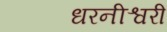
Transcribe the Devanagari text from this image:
धरनीश्वरी